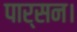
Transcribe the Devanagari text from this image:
पार्सन।